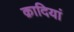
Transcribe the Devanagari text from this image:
क़ादियां